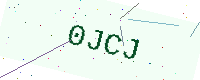
Text: 0JCJ